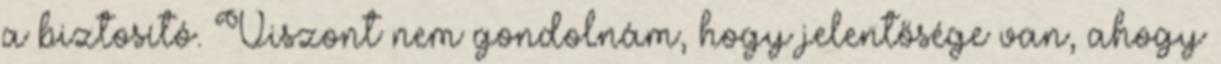
a biztosító. Viszont nem gondolnám, hogy jelentősége van, ahogy